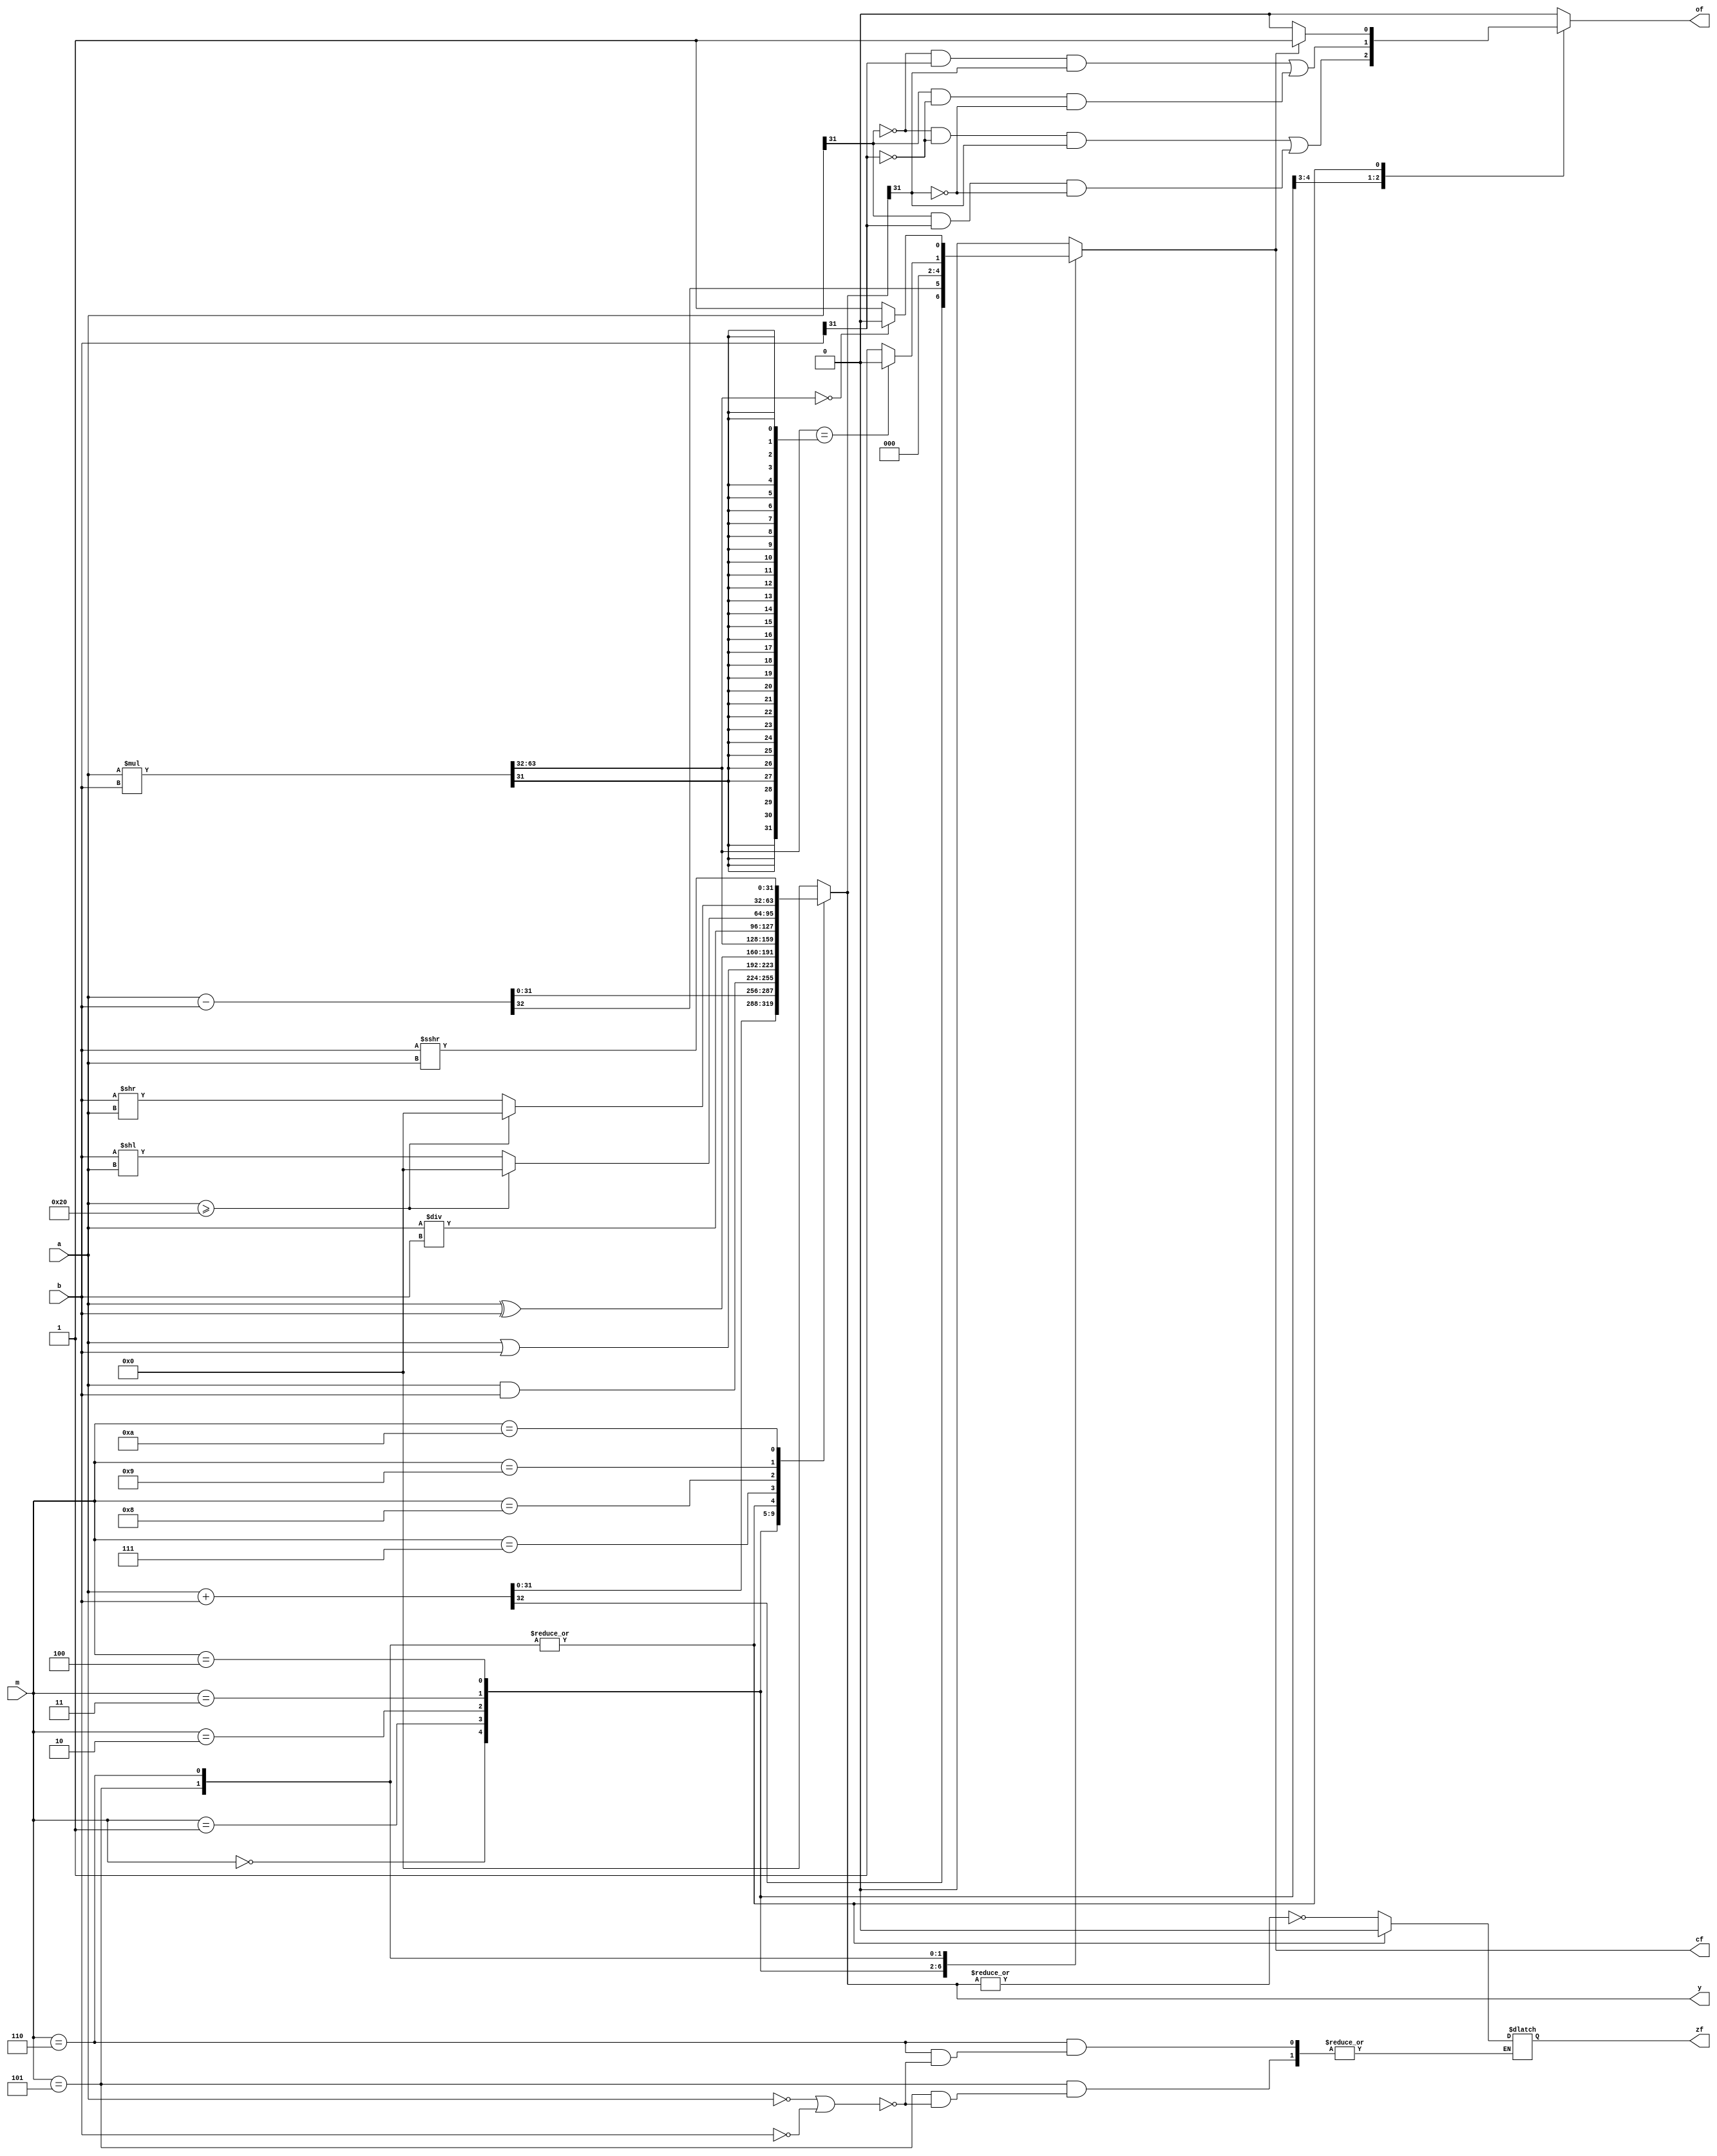
`timescale 1ns / 1ps

module alu
    #(parameter WIDTH = 32)
    (output reg [WIDTH-1:0] y,
    output reg zf,
    output reg cf,
    output reg of,
    input [WIDTH-1:0] a, b,
    input [3:0] m
    );
    
reg [63:0] prod;
reg [31:0] num;
reg q;
 
 initial    //0
 begin
    zf = 0;
    of = 0;
    cf = 0;
    y = 0;
 end
    
always @(*)//
begin
    prod = 0;
    q = 0;
    cf = 0;
    case(m)
        4'b0000: {cf,y} = a + b;
        4'b0001: {cf,y} = a - b;
        4'b0010: {cf,y} = a & b;
        4'b0011: {cf,y} = a | b;
        4'b0100: {cf,y} = a ^ b;
        4'b0101: begin 
                    prod = a*b; 
                    y = prod[63:32]; 
                    q = prod[31]; 
                    if(y == {32{q}} )
                        cf = 0;
                    else cf = 1;
                end//,................................
        4'b0110:begin
                   prod = a*b; 
                    y = prod[63:32]; 
                    q = prod[31];
                    if(y == 0) cf = 0; else cf = 1;
               end//
        4'b0111:begin y = a/b; end//
        4'b1000:begin if(a >= 32) y = 0; else y = b<<a; end//,
        4'b1001:begin if(a >= 32) y = 0; else y = b>>a; end//
        4'b1010:begin 
                    y=($signed(b)) >>> a;
                end//
        default: {cf,y} = 0;
    endcase
end

always @(*)//
begin
    case(m)
        3'b000: of = (~a[WIDTH-1]&~b[WIDTH-1]&y[WIDTH-1])|(a[WIDTH-1]&b[WIDTH-1]&~y[WIDTH-1]);
        3'b001: of = (~a[WIDTH-1]&b[WIDTH-1]&y[WIDTH-1])|(a[WIDTH-1]&~b[WIDTH-1]&~y[WIDTH-1]);
        3'b101: if(cf == 0) of = 0; else of = 1; 
        3'b110: if(cf == 0) of = 0; else of = 1;
    default: of = 0;
    endcase
end

always @(*)//
begin
    case(m)
        3'b101:if ((a == 0)||(b == 0)) zf = 0;
        3'b110:if ((a == 0)||(b == 0)) zf = 0;
    default: zf = ~|y;
    endcase
end
    
endmodule